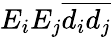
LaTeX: E_{i}E_{j}\overline{{d_{i}d_{j}}}